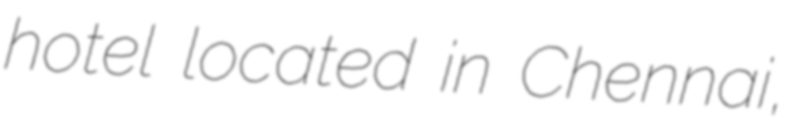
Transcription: hotel located in Chennai,